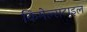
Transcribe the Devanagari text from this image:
किमेल्सटाइल